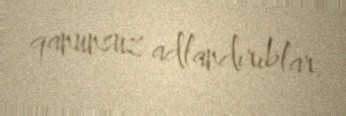
qanunsuz adlandırıblar.